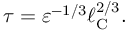
\tau = \varepsilon ^ { - 1 / 3 } \ell _ { \mathrm { { C } } } ^ { 2 / 3 } .